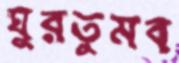
ঘুরতুমব